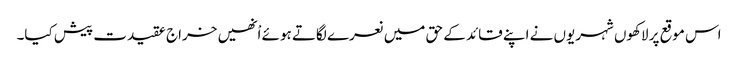
اس موقع پر لاکھوں شہریوں نے اپنے قائد کے حق میں نعرے لگاتے ہوئے اْنھیں خراج عقیدت پیش کیا۔